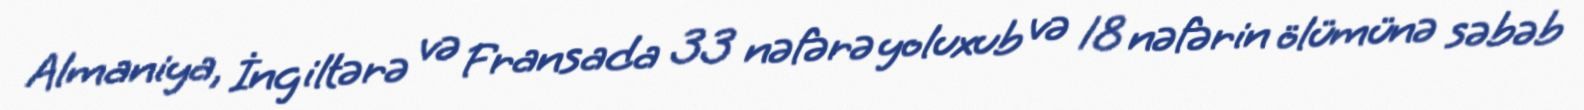
Almaniya, İngiltərə və Fransada 33 nəfərə yoluxub və 18 nəfərin ölümünə səbəb